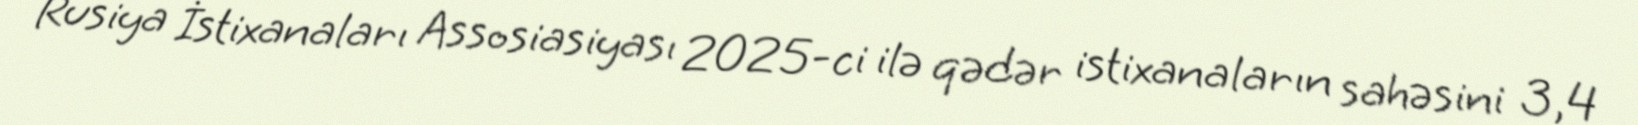
Rusiya İstixanaları Assosiasiyası 2025-ci ilə qədər istixanaların sahəsini 3,4